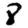
Digit: 8